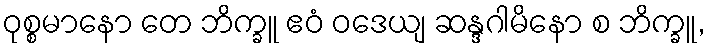
ဝုစ္စမာနော တေ ဘိက္ခူ ဧဝံ ဝဒေယျ ဆန္ဒဂါမိနော စ ဘိက္ခူ,